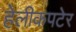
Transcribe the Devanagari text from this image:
हेलीकपटेर